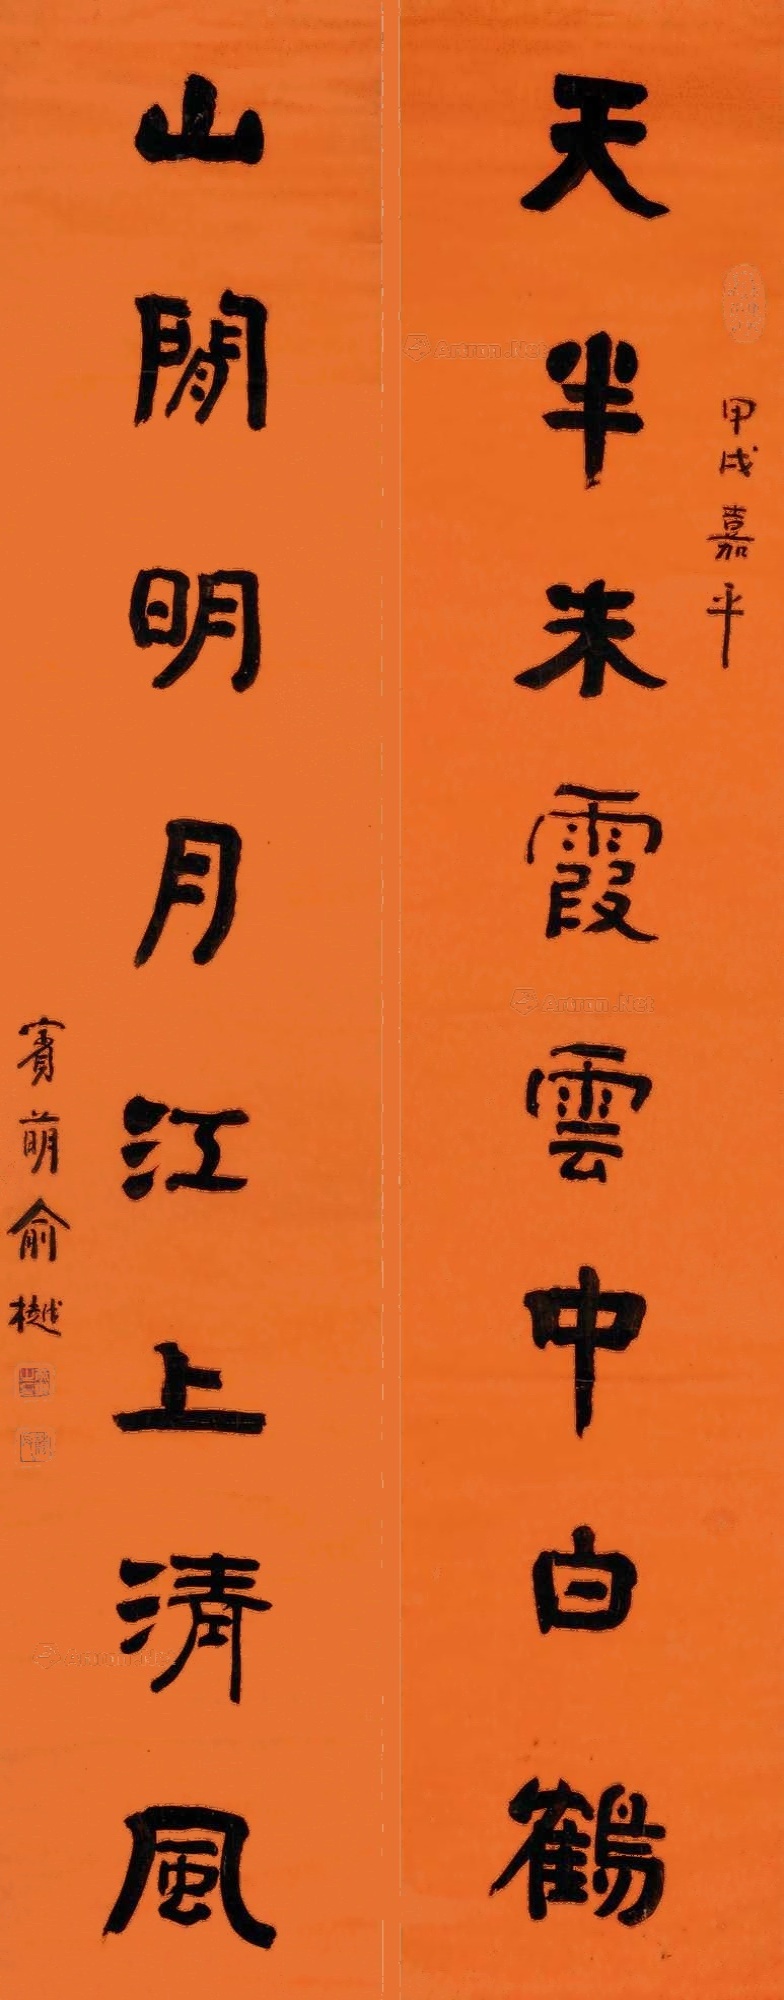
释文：天半朱霞，云中白鹤；山间明月，江上清风。甲戌嘉平。宾萌俞樾。